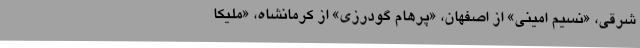
شرقی، «نسیم امینی» از اصفهان، «پرهام گودرزی» از کرمانشاه، «ملیکا